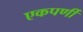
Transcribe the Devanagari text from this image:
एकपर्णी